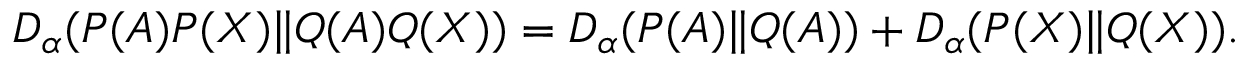
D _ { \alpha } ( P ( A ) P ( X ) \| Q ( A ) Q ( X ) ) = D _ { \alpha } ( P ( A ) \| Q ( A ) ) + D _ { \alpha } ( P ( X ) \| Q ( X ) ) .